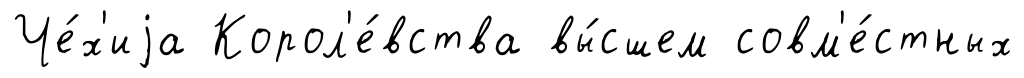
Че́х'иjа Корол'е́вства вы́сшем совм'е́стных